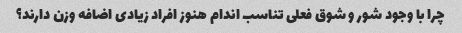
چرا با وجود شور و شوق فعلی تناسب اندام هنوز افراد زیادی اضافه وزن دارند؟